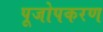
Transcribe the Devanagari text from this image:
पूजोपकरण